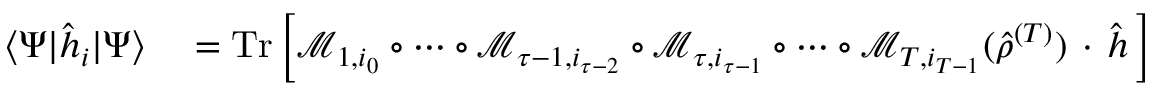
\begin{array} { r l } { \langle \Psi | \hat { h } _ { i } | \Psi \rangle } & { { } = \operatorname { T r } \left[ \mathcal { M } _ { 1 , i _ { 0 } } \circ \dotsb \circ \mathcal { M } _ { \tau - 1 , i _ { \tau - 2 } } \circ \mathcal { M } _ { \tau , i _ { \tau - 1 } } \circ \dotsb \circ \mathcal { M } _ { T , i _ { T - 1 } } ( { \hat { \rho } } ^ { ( T ) } ) \, \cdot \, \hat { h } \, \right] } \end{array}